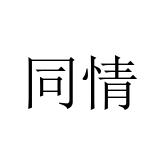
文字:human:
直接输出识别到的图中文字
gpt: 同情